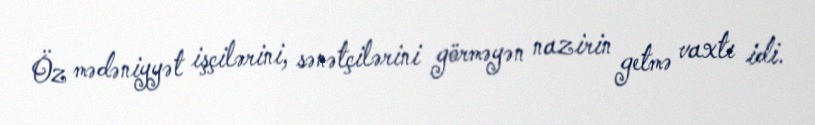
Öz mədəniyyət işçilərini, sənətçilərini görməyən nazirin getmə vaxtı idi.